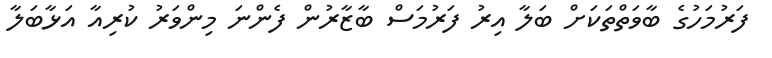
ފަރުމަހުގެ ބާވަތްތަކަށް ބަލާ އިރު ފަރުމަސް ބާޒާރުން ފެންނަ މިންވަރު ކުރިއާ އަޅާބަލާ